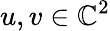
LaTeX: u,v\in\mathbb{C}^{2}